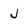
Character: j